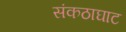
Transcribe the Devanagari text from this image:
संकठाघाट